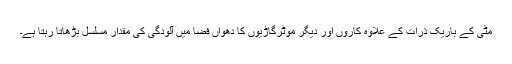
مٹی کے باریک ذرات کے علاوہ کاروں اور دیگر موٹرگاڑیوں کا دھواں فضا میں آلودگی کی مقدار مسلسل بڑھاتا رہتا ہے۔